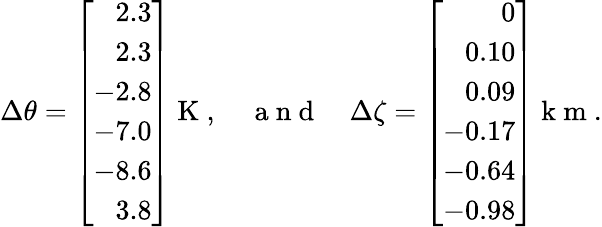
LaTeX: {\Delta\theta}=\left[\begin{array}{r}{2.3}\\ {2.3}\\ {-2.8}\\ {-7.0}\\ {-8.6}\\ {3.8}\end{array}\right]\mathrm{~K~},\quad\mathrm{~a~n~d~}\quad{\Delta\zeta}=\left[\begin{array}{r}{0}\\ {0.10}\\ {0.09}\\ {-0.17}\\ {-0.64}\\ {-0.98}\end{array}\right]\mathrm{~k~m~}.